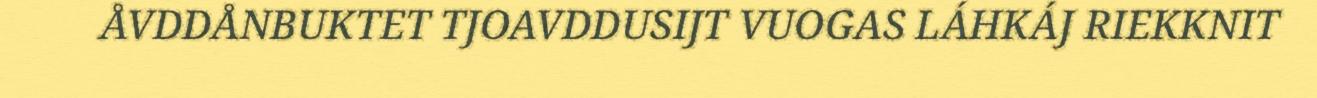
ÅVDDÅNBUKTET TJOAVDDUSIJT VUOGAS LÁHKÁJ RIEKKNIT